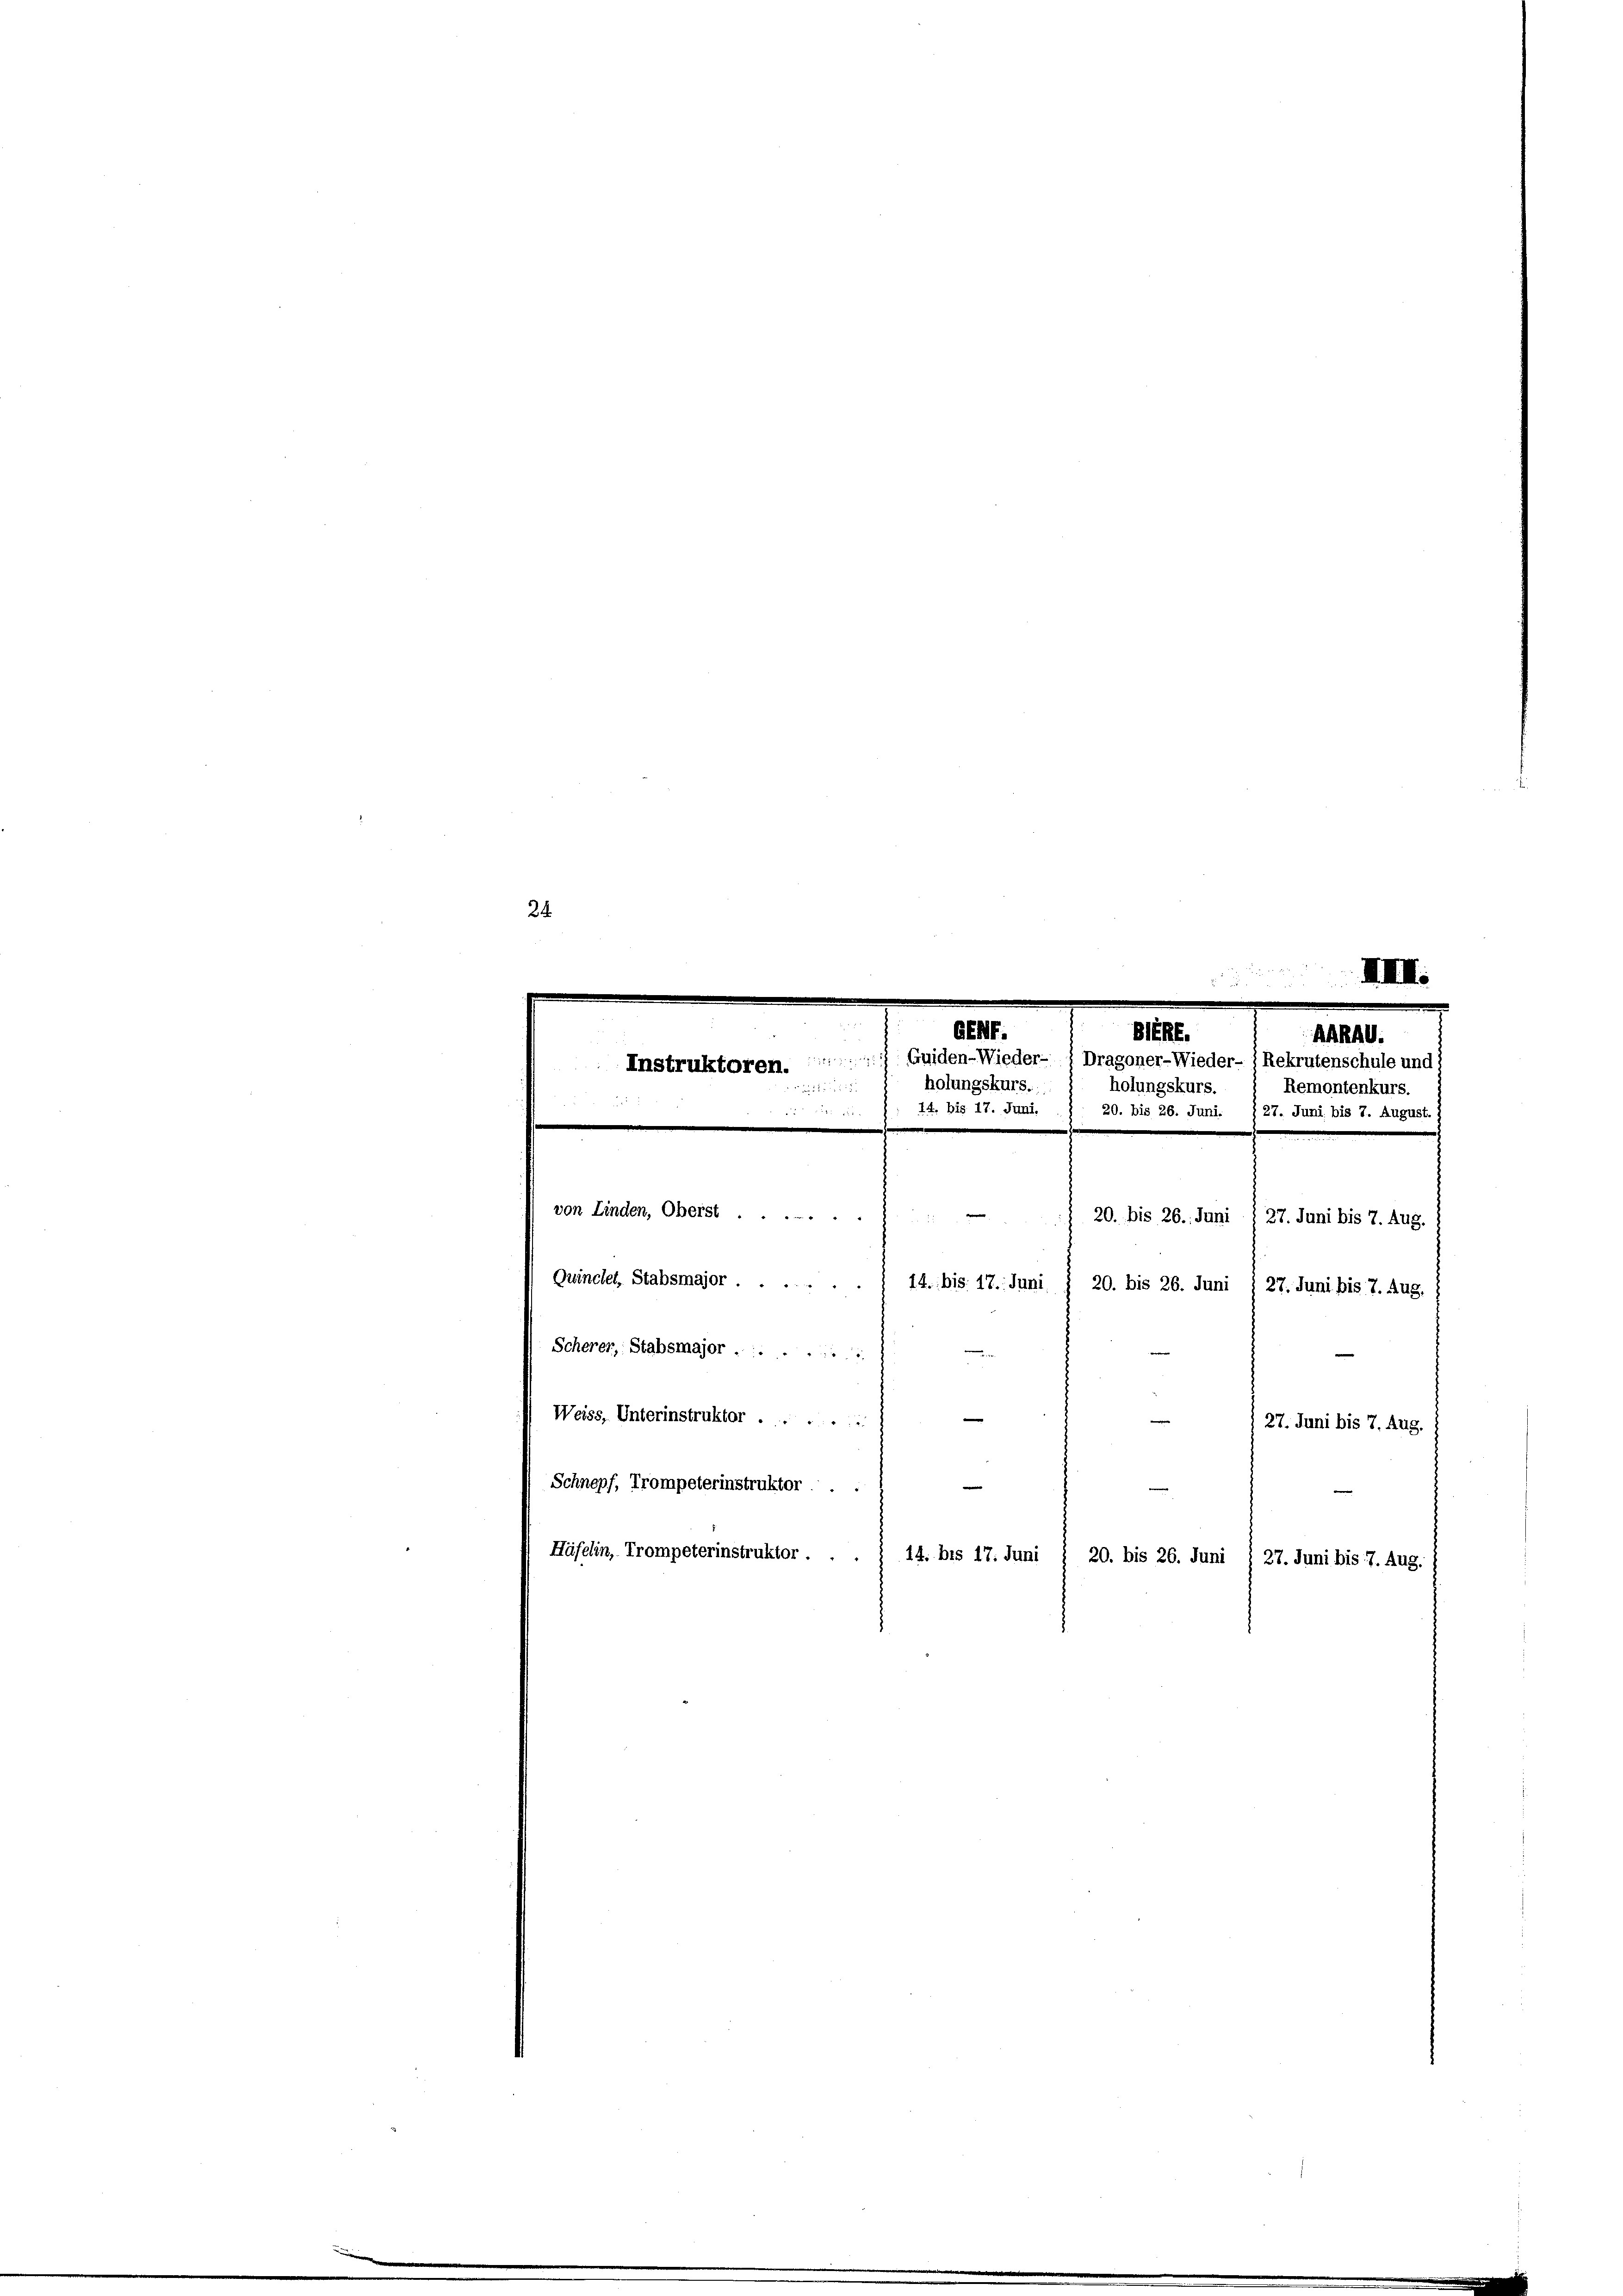
24.

GENT.
AARAG.
 Guiden-Wieder- ) Dragoner-Wieder- ) Rekrutenschule und 1
Instruktoren.
holungskurs.
holungskurs.
Remontenkurs.

 8
14. bis 17. Juni.

20. bis 26. Juni. 127. Juni bis 7. August.
.
.
e
von Linden, Oberst
 20. bis 26. Juni / 27. Juni bis 7. Aug.
Quinclet, Stabsmajor.
14.: bis 17. Juni
20. bis 26. Juni
27. Juni bis 7. Aug.
Scherer, Stabsmajor......

Weiss, Unterinstruktor ......
e
 27. Juni bis 7. Aug.
e
Schnepf, Trompeterinstruktor . .
Häfelin, Trompeterinstruktor .
14. bis 17. Juni / 20. bis 26. Juni § 27. Juni bis 7. Aug.

BERE.